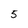
Character: 5